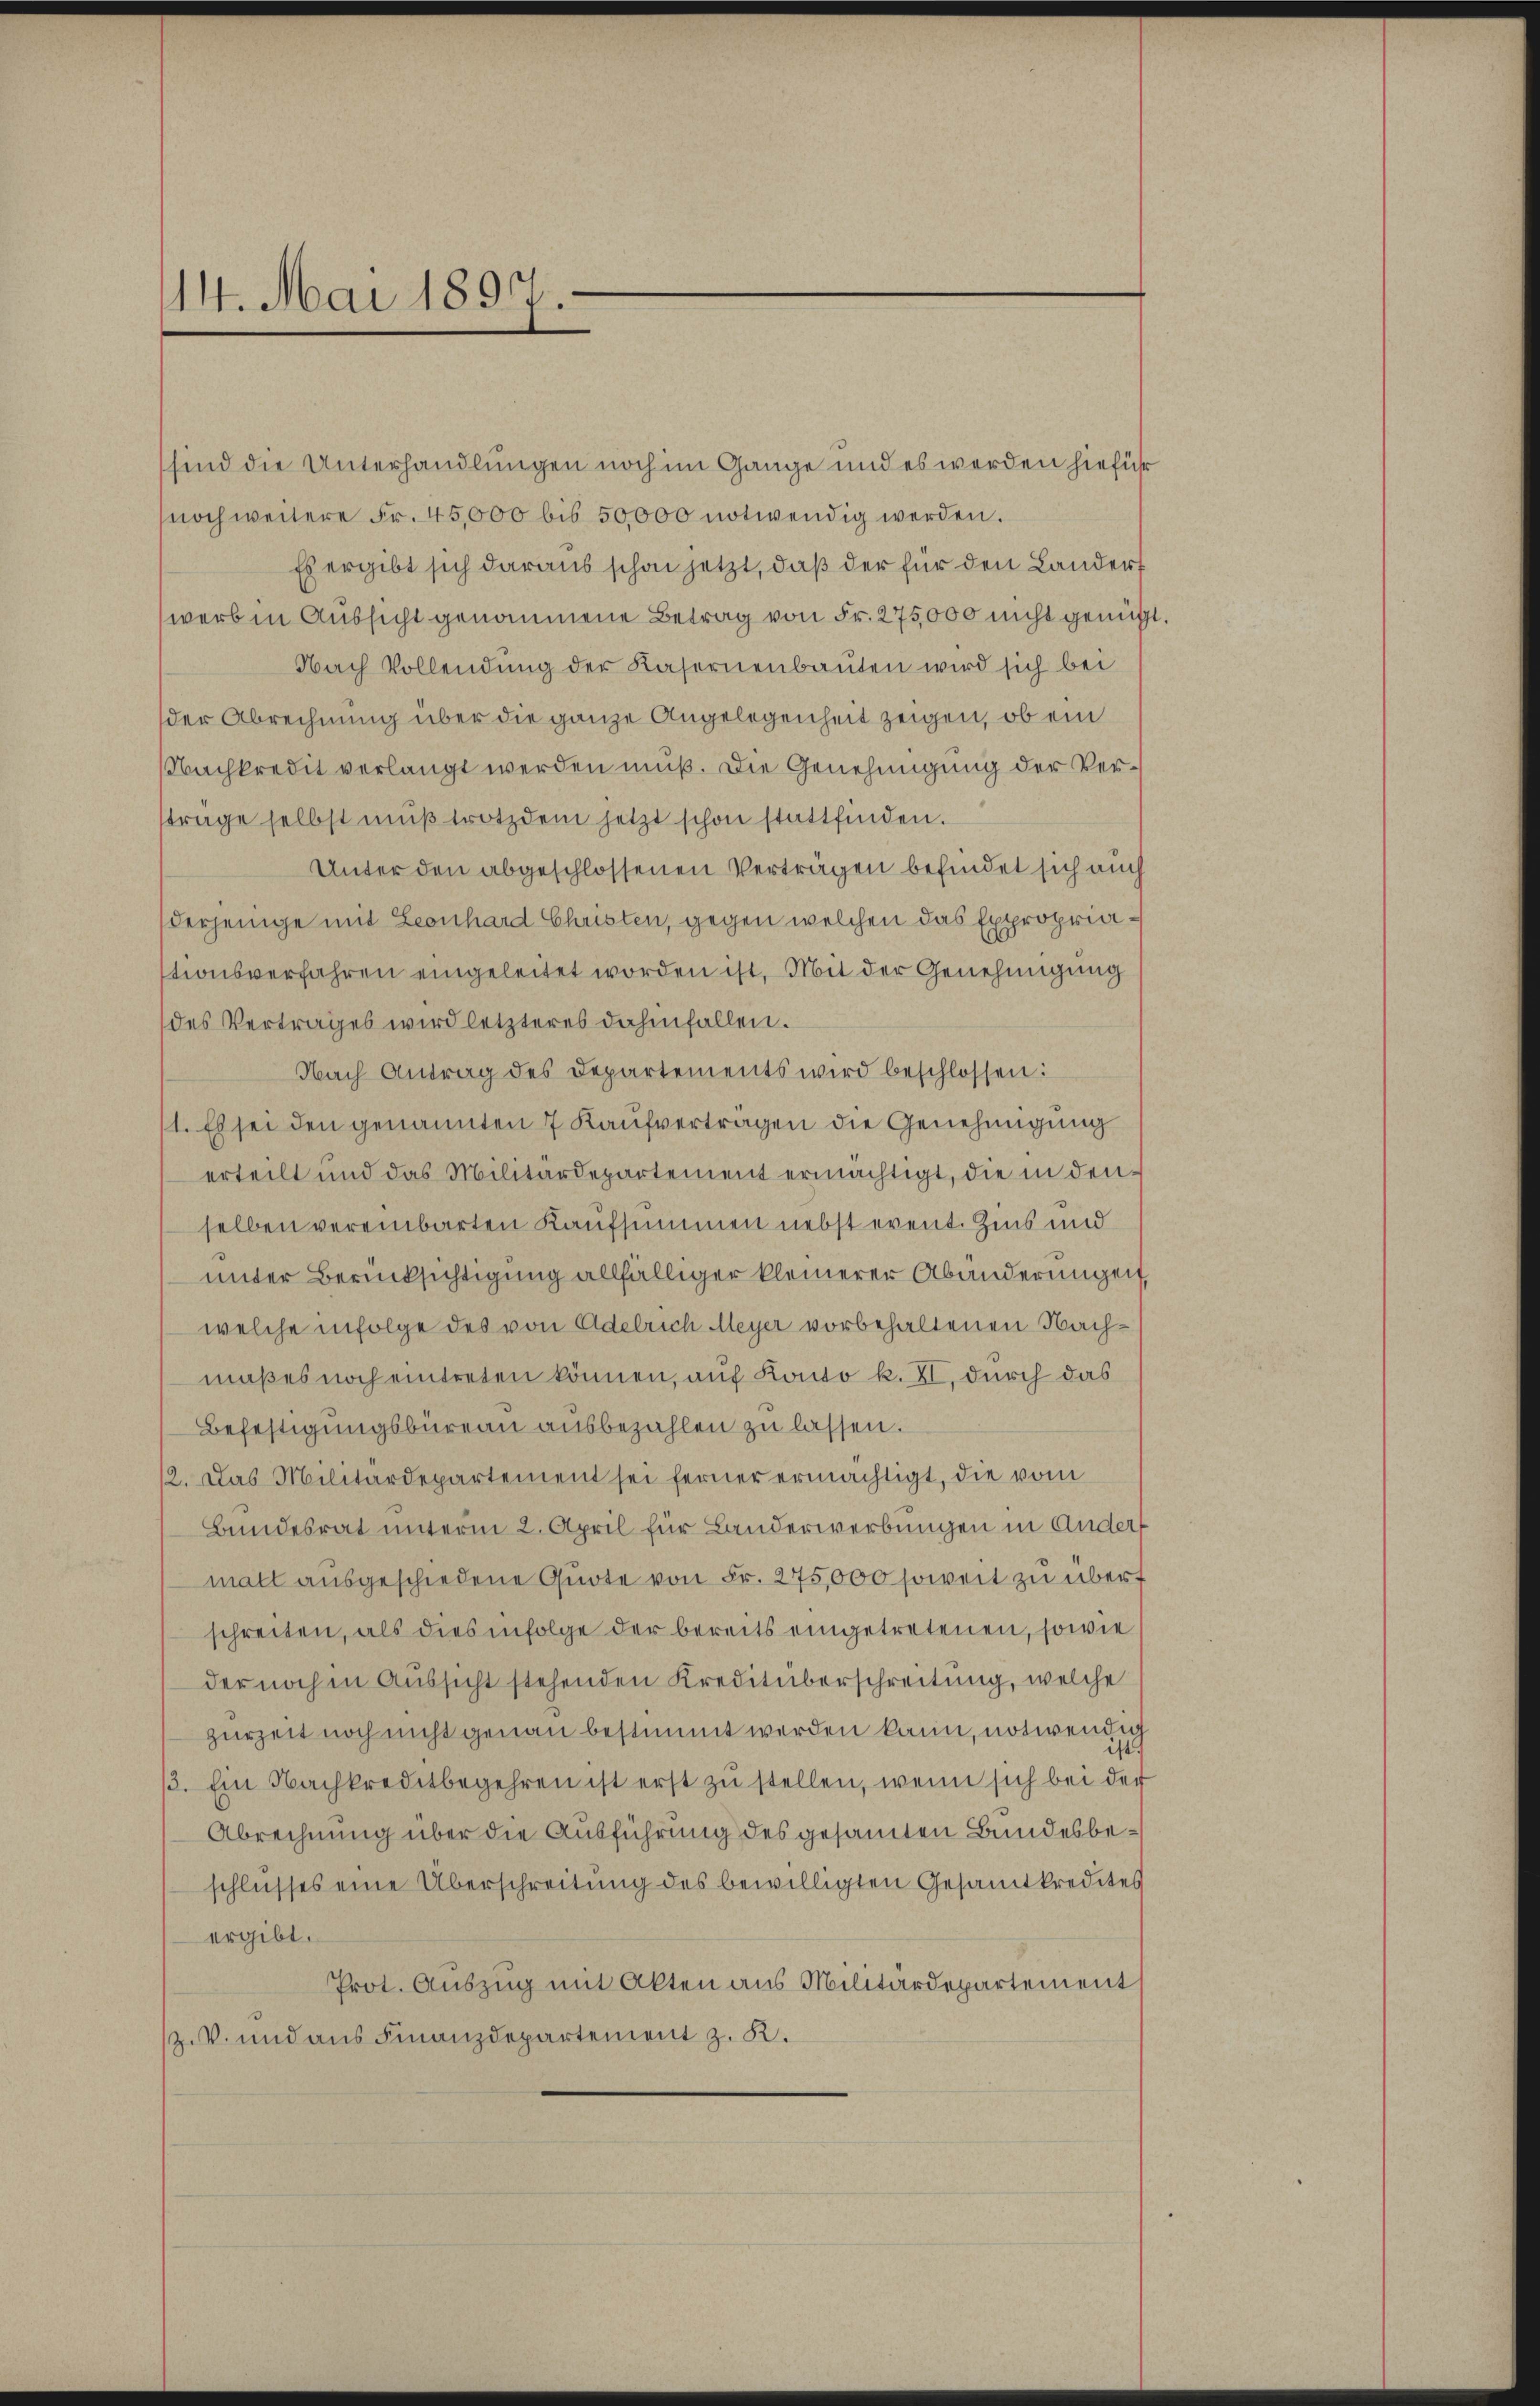
14. Mai 1897.

sind die Unterhandlungen noch im Gange und es werden hiefür
noch weitere Fr. 45,000 bis 50,000 notwendig werden.
Es ergibt sich daraus schon jetzt, daß der für den Landert
werb in Aussicht genommene Betrag von Fr. 275,000 nicht genügt
Nach Vollendung der Kasernenbauten wird sich bei
der Abrechnung über die ganze Angelegenheit zeigen, ob ein
NNachkredit verlangt werden muß. Die Genehmigung der Verttrage selbst mŭβ trotzdem jetzt schon stattfinden.
Unter den abgeschlossenen Verträgen befindet sich auch
derjenige mit Leonhard Christen, gegen welchen das Expropriationsverfahren eingeleitet worden ist. Mit der Genehmigung
des Vertrages wird letzteres dahinfallen.
Nach Antrag des Departements wird beschlossen:
1. Es sei den genannten 7 Kaufvertragen die Genehmigung
erteilt und das Militärdepartement ermächtigt, die in denselben vereinbarten Kaufsummen nebst event. Zins und
unter Berücksichtigung allfälliger kleinerer Abänderungen,
welche infolge des von Adelrich Meyer vorbehaltenen Nachmaßes noch eintreten können, auf Konto k. XI. durch das
Befestigungsbüreau ausbezahlen zu lassen.
12. Das Militärdepartement sei ferner ermächtigt, die vom
Bundesrat unterm 2. April für Landerwerbungen in Ander
malt ausgeschiedene Quote von Fr. 275,000 soweit zu übert
schreiten, als dies infolge der bereits eingetretenen, sowie
der noch in Aussicht stehenden Kreditüberschreitung, welche
zurzeit noch nicht genau bestimmt werden kann, notwendig
3. Ein Nachkreditbegehren ist erst zŭ stellen, wenn sich bei der
Abrechnung über die Ausführung des gesammten Bundesbeschlusses eine Überschreitung des bewilligten Gesamtkredites
ergibt.
Prot. Auszug mit Akten aus Militärdepartement
ziv. und aus Finanzdepartement z. K.